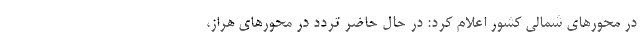
در محورهای شمالی کشور اعلام کرد: در حال حاضر تردد در محورهای هراز،